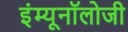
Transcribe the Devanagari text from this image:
इंम्यूनॉलोजी